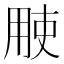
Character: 𱰝